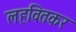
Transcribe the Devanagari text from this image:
लहवितकर